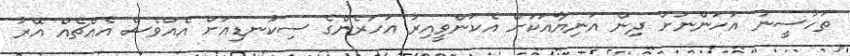
ތަހުސީނު އަހަންނަށް ދިން އަނިޔާއަކަށް އެކަންވީއިރު އަހަރެންގެ ސިކުނޑިއަށް އެއްވެސް އެއްޗެއް އޭރު